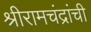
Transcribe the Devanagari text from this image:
श्रीरामचंद्रांची